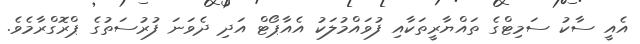
އެއީ ސާކު ސަމިޓްގެ ތައްޔާރީތަކާއި ފުވައްމުލަކު އެއާޕޯޓް އަދި ދެވަނަ ފުރުސަތުގެ ޕްރޮގްރާމެވެ.